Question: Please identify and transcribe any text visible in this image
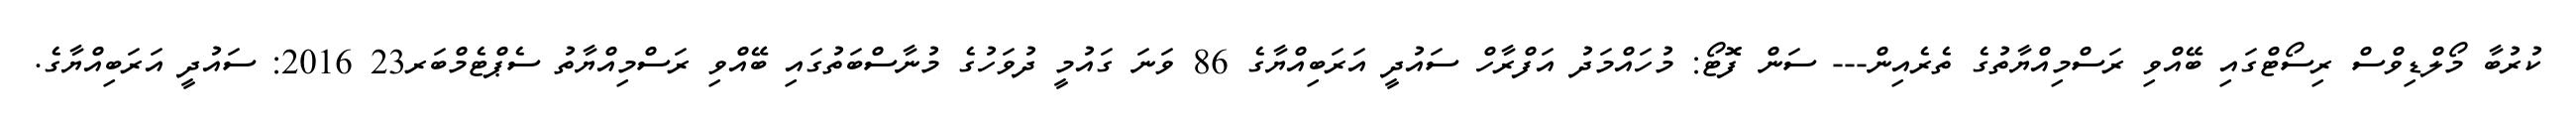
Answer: ކުރުބާ މޯލްޑިވްސް ރިސޯޓްގައި ބޭއްވި ރަސްމިއްޔާތުގެ ތެރެއިން--- ސަން ފޮޓޯ: މުހައްމަދު އަފްރާހް ސައުދީ އަރަބިއްޔާގެ 86 ވަނަ ގައުމީ ދުވަހުގެ މުނާސްބަތުގައި ބޭއްވި ރަސްމިއްޔާތު ސެޕްޓެމްބަރ23 2016: ސައުދީ އަރަބިއްޔާގެ.